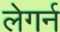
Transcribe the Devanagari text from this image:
लेगर्न